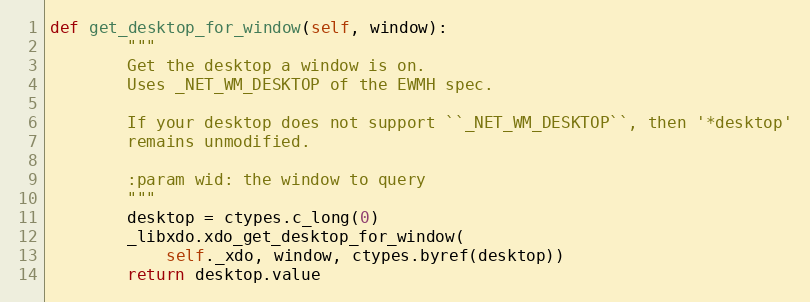
Language: Python
def get_desktop_for_window(self, window):
        """
        Get the desktop a window is on.
        Uses _NET_WM_DESKTOP of the EWMH spec.

        If your desktop does not support ``_NET_WM_DESKTOP``, then '*desktop'
        remains unmodified.

        :param wid: the window to query
        """
        desktop = ctypes.c_long(0)
        _libxdo.xdo_get_desktop_for_window(
            self._xdo, window, ctypes.byref(desktop))
        return desktop.value